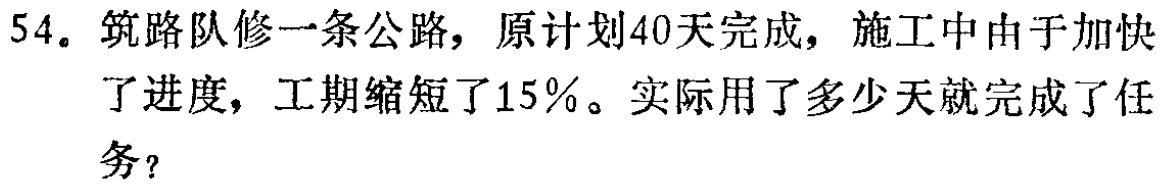
54. 筑路队修一条公路，原计划40天完成，施工中由于加快了进度，工期缩短了15%。实际用了多少天就完成了任务？